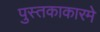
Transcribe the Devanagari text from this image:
पुस्तकाकारमे